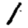
Digit: 1